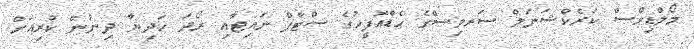
މޯލްޑިވްސް ކަރެކްޝަނަލް ސަރވިސްގެ ހެޑްއޮފީހުގެ ސްޓާފް ނައިޓާއި ރޯދަ ހަދިޔާ ދިނުން ކުރިއަށް